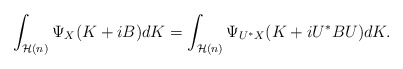
\begin{align*} \int_{\mathcal H(n)} \Psi_X(K + i B) dK = \int_{\mathcal H(n)} \Psi_{U^*X} (K+i U^*BU) dK.\end{align*}